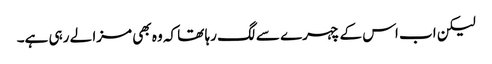
لیکن اب اس کے چہرے سے لگ رہا تھا کہ وہ بھی مزا لے رہی ہے۔